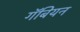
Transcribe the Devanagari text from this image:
गॅबियन